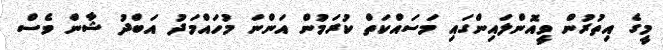
މީގެ އިތުރުން ވީއޮންލައިންގައި މަސައްކަތް ކުރަމުން އަންނަ މުހައްމަދު އަބްދު ޝާން ވެސް